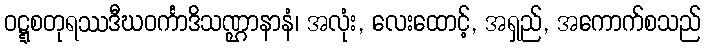
ဝဋ္ဋစတုရဿဒီဃဝင်္ကာဒိသဏ္ဌာနာနံ၊ အလုံး, လေးထောင့်, အရှည်, အကောက်စသည်